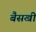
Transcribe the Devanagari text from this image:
बैसखी